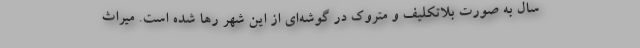
سال به صورت بلاتکلیف و متروک در گوشه‌ای از این شهر رها شده است. میراث